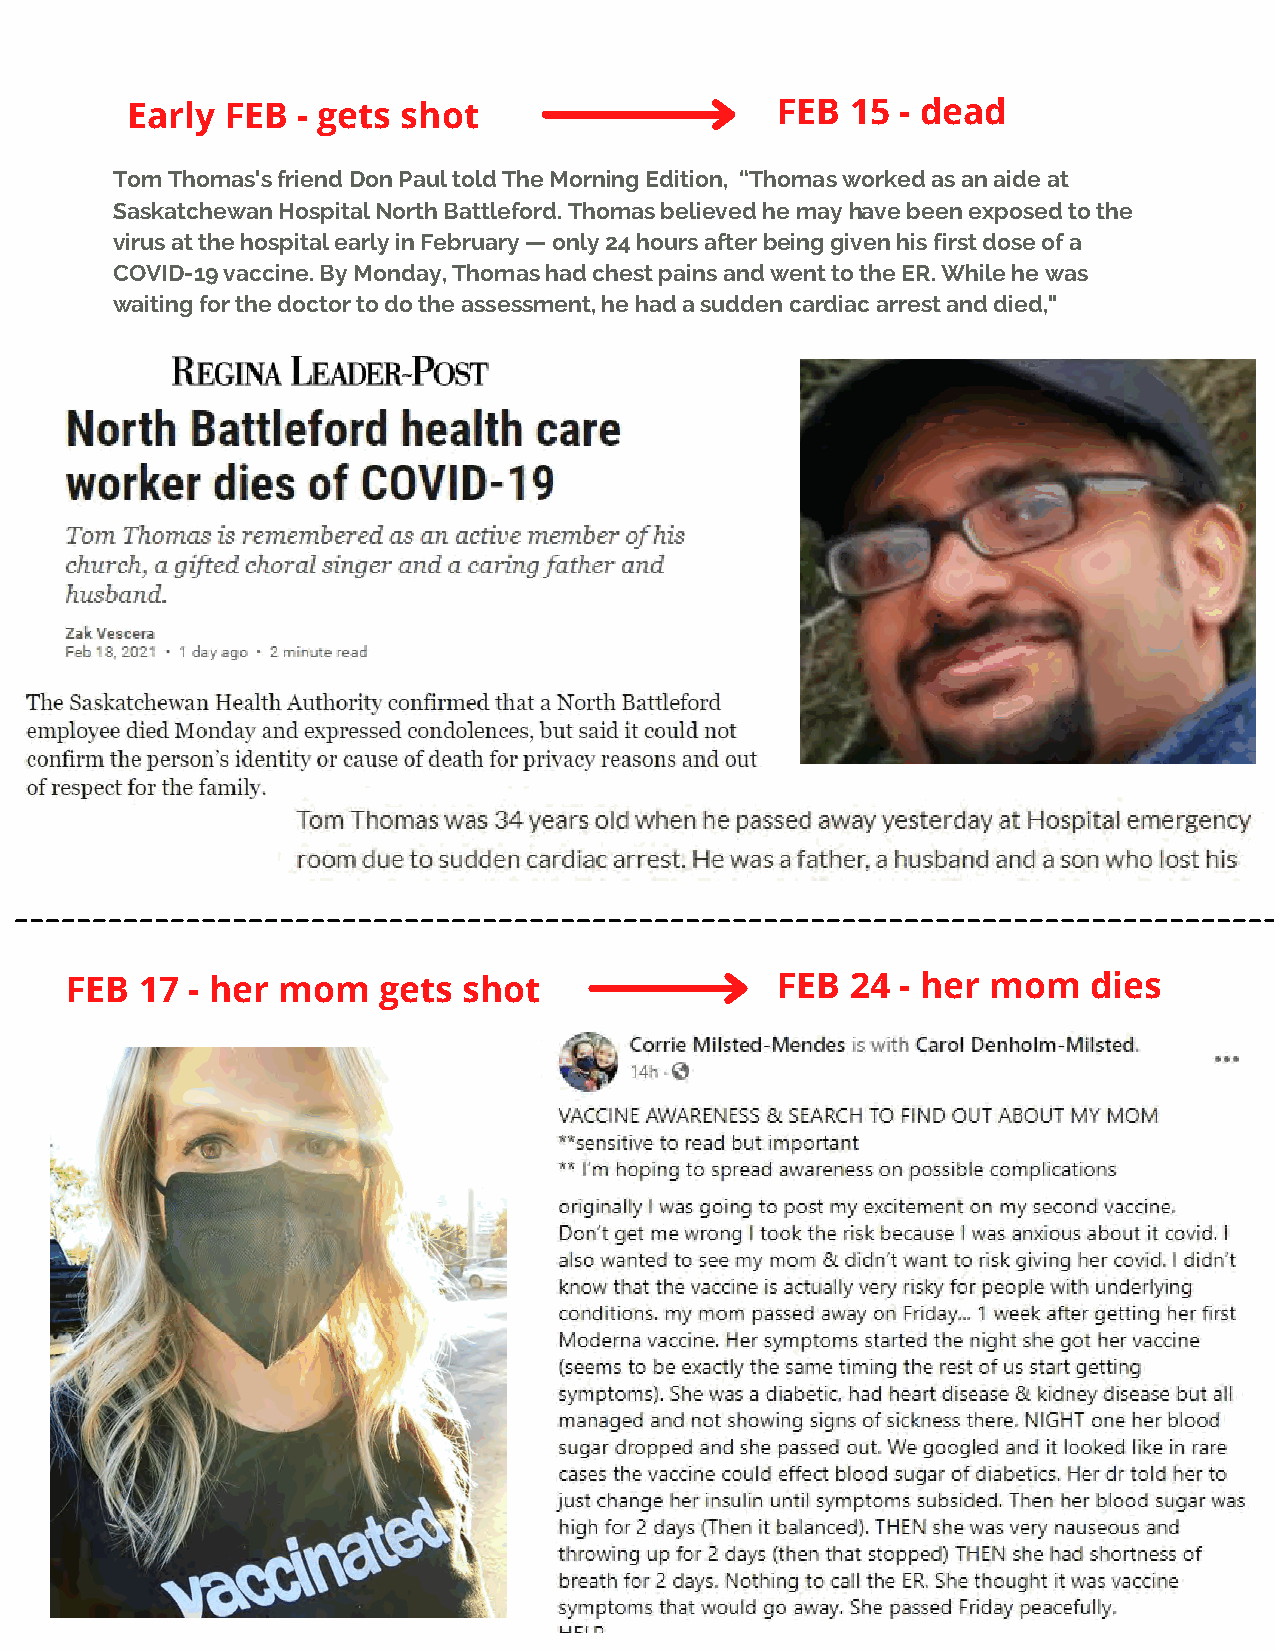
Early  FEB  - gets shot                    FEB  15  - dead
 Tom Thomas's friend Don Paul told The Morning Edition, “Thomas worked as an aide at
 Saskatchewan Hospital North Battleford. Thomas believed he may have been exposed to the
 virus at the hospital early in February — only 24 hours after being given his first dose of a
 COVID-19 vaccine. By Monday, Thomas had chest pains and went to the ER. While he was
 waiting for the doctor to do the assessment, he had a sudden cardiac arrest and died,"
 FEB  17 - her mom    gets  shot                FEB  24  - her mom   dies